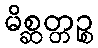
မိစ္ဆတ္တဉ္စ